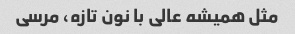
مثل همیشه عالی با نون تازه، مرسی